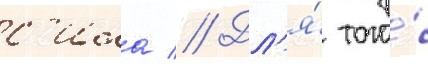
с'ила // Дл'я́ того́